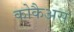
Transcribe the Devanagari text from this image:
कोकैअस